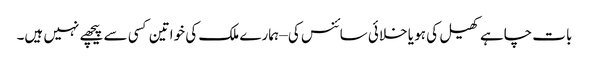
بات چاہے کھیل کی ہو یا خلائی سائنس کی – ہمارے ملک کی خواتین کسی سے پیچھے نہیں ہیں۔